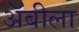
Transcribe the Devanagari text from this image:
अॅबीला